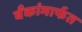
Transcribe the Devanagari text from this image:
बँकांमार्फत